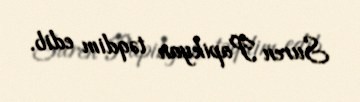
Suren Papikyan təqdim edib.